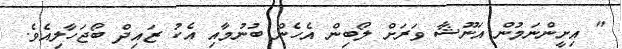
" އިށީންނަމުން އަނޫޝާ ވަރަށް ލޯބިން އެހެން ބުނުމާއި އެކު ޒައިދް ބޯޖަހާލިއެވެ.